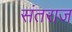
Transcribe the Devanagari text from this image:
संतराज